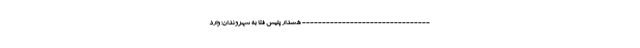
-------------------------------- هشدار پلیس فتا به شهروندان: وارد